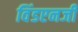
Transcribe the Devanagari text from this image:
विंडएनर्जी